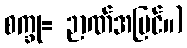
စက္ခု= ဉာဏ်အမြင်။)